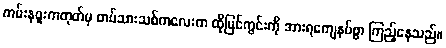
ကမ်းနဖူးကတုတ်မှ တပ်သားသစ်ကလေးက ထိုမြင်ကွင်းကို အားရကျေနပ်စွာ ကြည့်နေသည်။